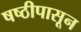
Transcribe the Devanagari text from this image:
षष्ठीपासून